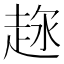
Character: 𧻦